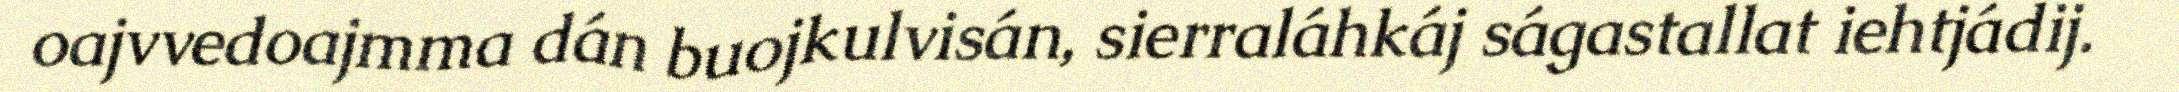
oajvvedoajmma dán buojkulvisán, sierraláhkáj ságastallat iehtjádij.